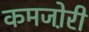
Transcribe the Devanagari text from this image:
कमजो़री